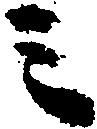
ミ